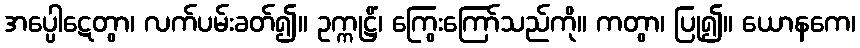
အပ္ပေါဋေတွာ၊ လက်ပမ်းခတ်၍။ ဥက္ကုဋ္ဌိံ၊ ကြွေးကြော်သည်ကို။ ကတွာ၊ ပြု၍။ ယောနကေ၊